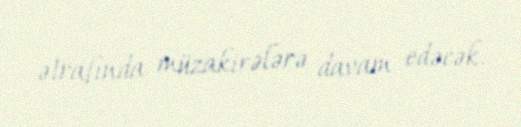
ətrafında müzakirələrə davam edəcək.